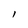
Character: l